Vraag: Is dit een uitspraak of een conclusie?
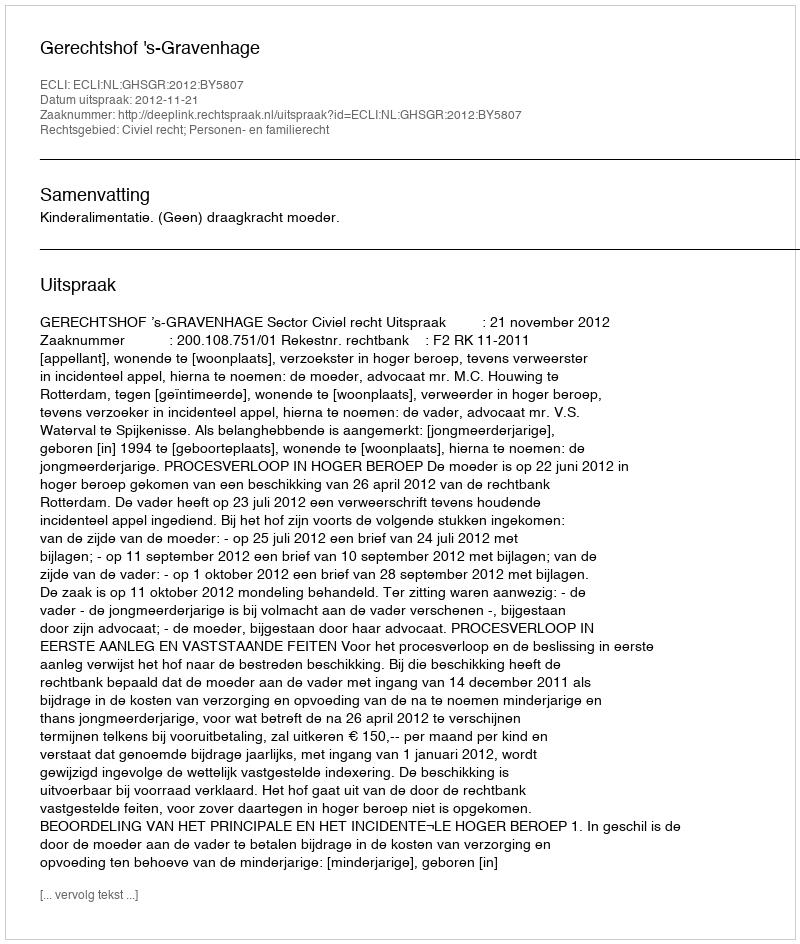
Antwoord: Uitspraak